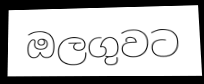
ඔලගුවට